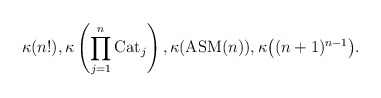
\begin{gather*}\kappa( n !), \kappa\left(\prod_{j=1}^{n} {\rm Cat}_j\right), \kappa({\rm ASM}(n)), \kappa\big((n+1)^{n-1}\big).\end{gather*}